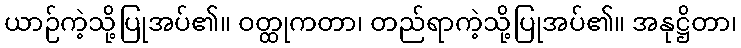
ယာဉ်ကဲ့သို့ပြုအပ်၏။ ဝတ္ထုကတာ၊ တည်ရာကဲ့သို့ပြုအပ်၏။ အနုဋ္ဌိတာ၊